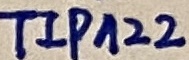
Text: TIPA22